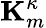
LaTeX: \mathbf{K}_{m}^{\kappa}